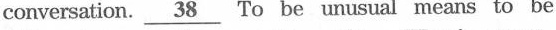
\underline{38} To be unusual means to be